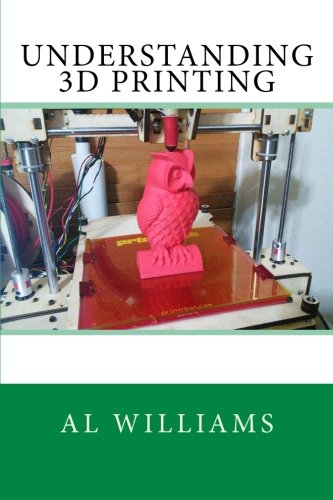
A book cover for Understanding 3D Printing; Al Williams; Computers & Technology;